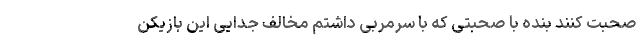
صحبت کنند بنده با صحبتی که با سرمربی داشتم مخالف جدایی این بازیکن